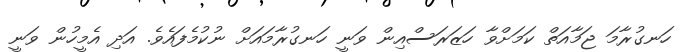
ހަނގުރާމަ ޖަމާއަތް ކަމަށްވާ ހަޒަރަސްއިން ވަނީ ހަނގުރާމައަށް ނުކުމެފައެވެ. އަދި އެމީހުން ވަނީ